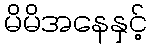
မိမိအနေနှင့်